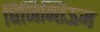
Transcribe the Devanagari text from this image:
बिजिन्तिऊम